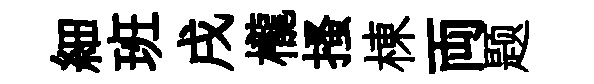
細班戌櫳搔棟両题